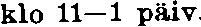
klo 11—1 päiv.